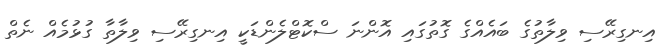
އިނގިރޭސި ވިލާތުގެ ބައެއްގެ ގޮތުގައި އޮންނަ ސްކޮޓްލެންޑަކީ އިނގިރޭސި ވިލާތާ ގުޅުމެއް ނެތް